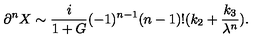
\partial ^ { n } X \sim \frac { i } { 1 + G } ( - 1 ) ^ { n - 1 } ( n - 1 ) ! ( k _ { 2 } + \frac { k _ { 3 } } { \lambda ^ { n } } ) .